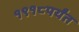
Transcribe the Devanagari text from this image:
१९१८पर्यंत